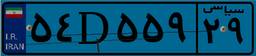
۳۷D۹۸۳۷۸